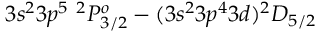
3 s ^ { 2 } 3 p ^ { 5 } ~ ^ { 2 } P _ { 3 / 2 } ^ { o } - ( 3 s ^ { 2 } 3 p ^ { 4 } 3 d ) ^ { 2 } D _ { 5 / 2 }